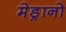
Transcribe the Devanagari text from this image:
मेड्रानो